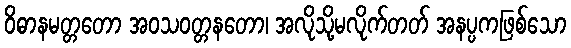
ဝိဓာနမတ္တတော အဝသဝတ္တနတော၊ အလိုသို့မလိုက်တတ် အနပ္ပကဖြစ်သော